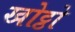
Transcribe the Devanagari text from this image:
खोट्ठो